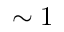
\sim 1